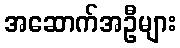
အဆောက်အဦများ